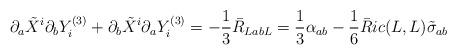
LaTeX: \begin{align*} \partial_a \tilde X^i \partial_b Y_i^{(3)} + \partial_b \tilde X^i \partial_a Y_i^{(3)} = -\frac{1}{3}\bar R_{LabL} = \frac{1}{3} \alpha_{ab} - \frac{1}{6} \bar Ric(L,L) \tilde \sigma_{ab}\end{align*}